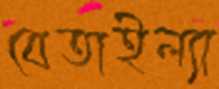
বেতাইল্যা